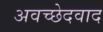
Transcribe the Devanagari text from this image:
अवच्छेदवाद